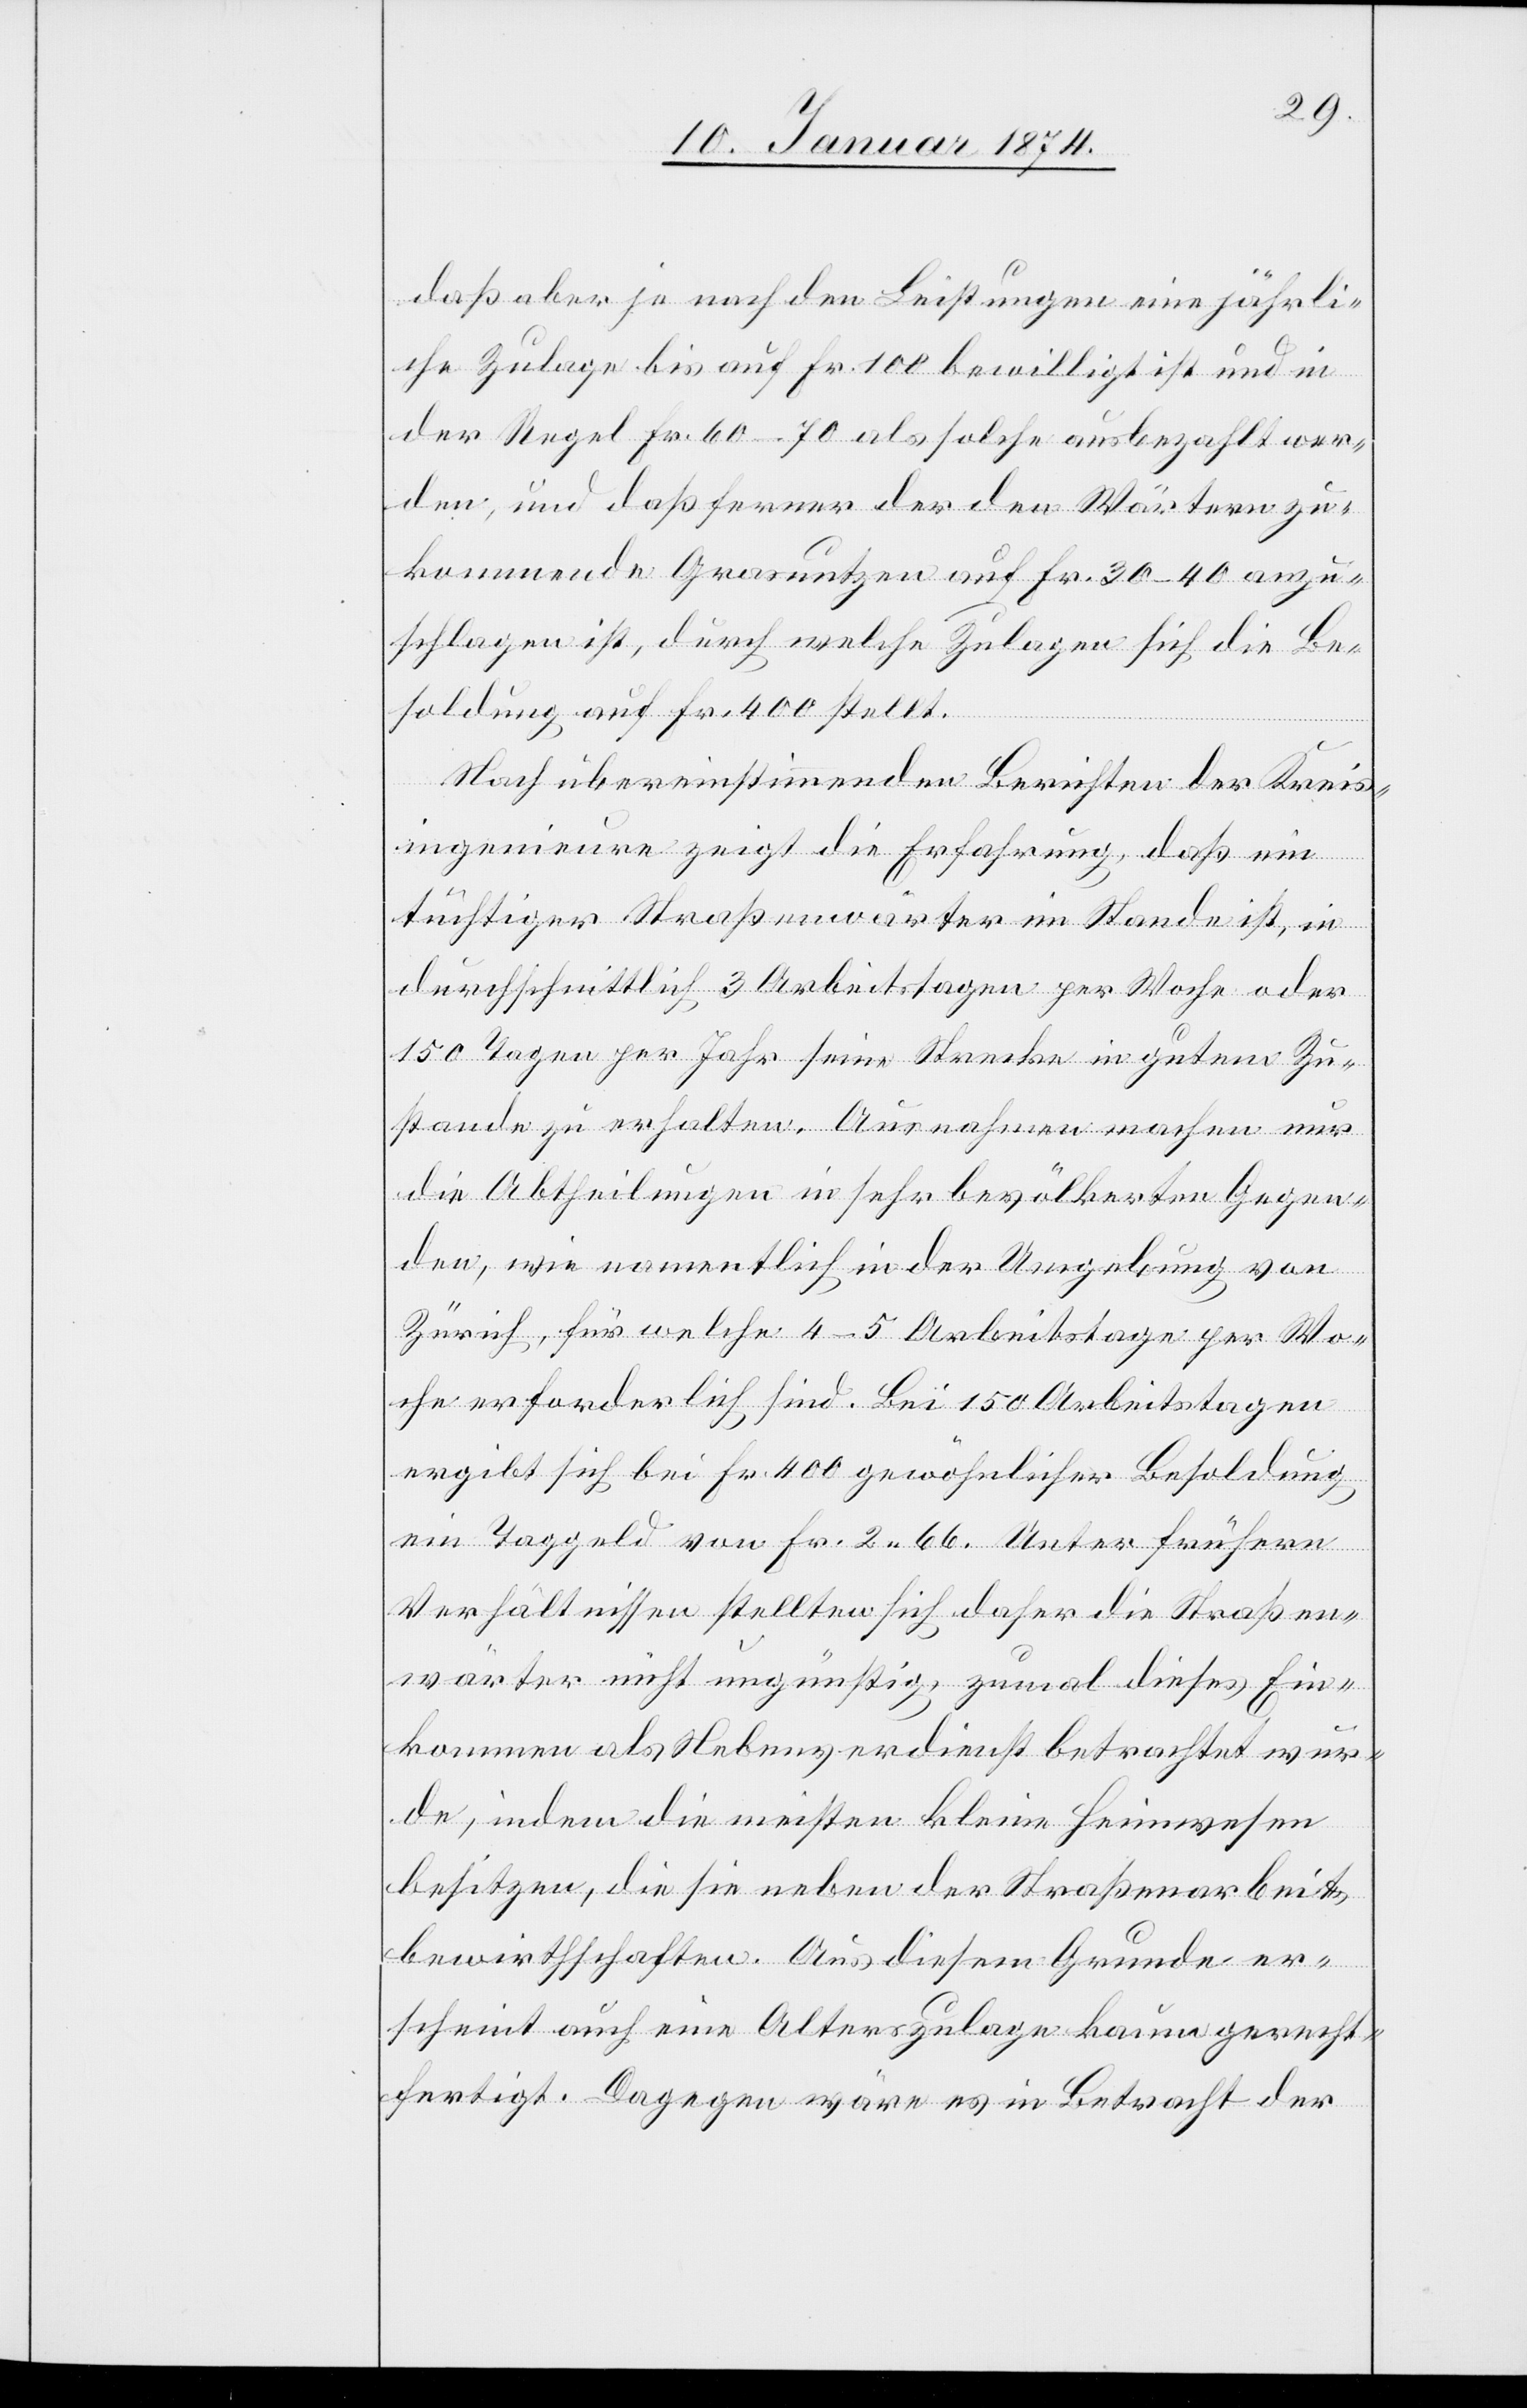
daß aber je nach den Leistungen eine jährli¬
che Zulage bis auf Fr. 100 bewilligt ist und in
der Regel Fr. 60–70 als solche ausbezahlt wer¬
den, und daß ferner der den Wärtern zu¬
kommende Grosnutzen auf Fr. 30–40 anzu¬
schlagen ist, durch welche Zulagen sich die Be¬
soldung auf Fr. 400 stellt.
Nach übereinstimmenden Berichten der Kreis¬
ingenieure zeigt die Erfahrung, daß ein
tüchtiger Straßenwärter im Stande ist, in
durchschnittlich 3 Arbeitstagen per Woche oder
150 Tagen per Jahr seine Strecke in gutem Zu¬
stande zu erhalten. Ausnahmen machen nur
die Abtheilungen in sehr bevölkerten Gegen¬
den, wie namentlich in der Umgebung von
Zürich, für welche 4–5 Arbeitstage per Wo¬
che erforderlich sind. Bei 150 Arbeitstagen
ergibt sich bei Fr. 400 gewöhnlicher Besoldung
ein Taggeld von Fr. 2.66. Unter frühern
Verhältnissen stellten sich daher die Straßen¬
wärter nicht ungünstig, zumal dieses Ein¬
kommen als Nebenverdienst betrachtet wür¬
de, indem die meisten kleine Heimwesen
besitzen, die sie neben der Straßenarbeit,
bewirthschaften. Aus diesem Grunde er¬
scheint auch eine Alterszulage kaum gerecht¬
fertigt. Dagegen wäre es in Betracht der